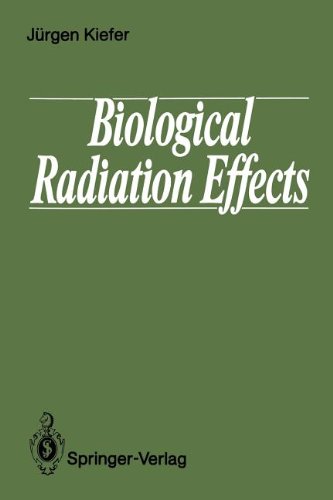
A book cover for Biological Radiation Effects; JÃ¼rgen Kiefer; Science & Math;